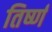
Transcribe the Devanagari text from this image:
तिर्ष्ण